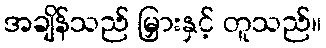
အချိန်သည် မြှားနှင့် တူသည်။